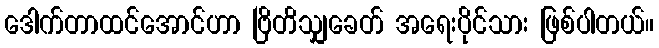
ဒေါက်တာထင်အောင်ဟာ ဗြိတိသျှခေတ် အရေးပိုင်သား ဖြစ်ပါတယ်။